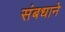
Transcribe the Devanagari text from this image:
संबधाने